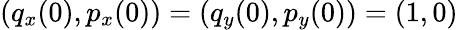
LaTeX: (q_{x}(0),p_{x}(0))=(q_{y}(0),p_{y}(0))=(1,0)